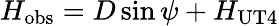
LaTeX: H_{\mathrm{obs}}=D\sin\psi+H_{\mathrm{UT4}}